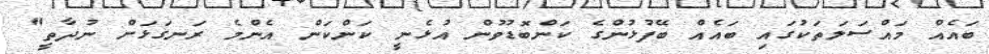
ބައެއް މައްސަލަތަކުގައި ބައެއް ބޭފުޅުންގެ ކަންބޮޑުވުން އުޅެނީ ކަންކަން އެންމެ ރަނގަޅަށް ނުދާތީ"